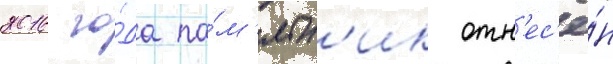
2016 го́да па́м'ятн'ик отн'ес'ё́н